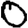
Digit: 0